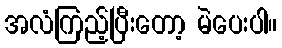
အလံကြည့်ပြီးတော့ မဲပေးပါ။